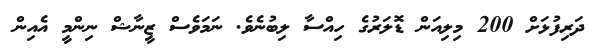
ދަރިފުޅަށް 200 މިލިއަން ޑޮލަރުގެ ހިއްސާ ލިބުނެވެ. ނަމަވެސް ޒީނާޝް ނިންމީ އެއިން